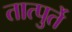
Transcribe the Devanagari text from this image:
तात्पुर्ते